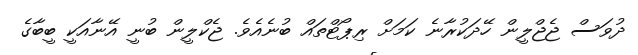
ދުވަސް ޖެޖްލީން ހޭދަކުރާނެ ކަމަށް ރިޕޯޓްތައް ބުނެއެވެ. ޖެކްލީން ބުނީ އޭނާއަކީ ބީބާގެ